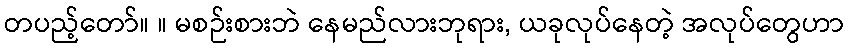
တပည့်တော်။ ။ မစဉ်းစားဘဲ နေမည်လားဘုရား, ယခုလုပ်နေတဲ့ အလုပ်တွေဟာ